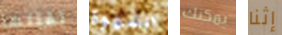
تقتلها الشهوة يمكنك إثنا